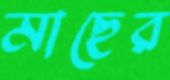
মাছের